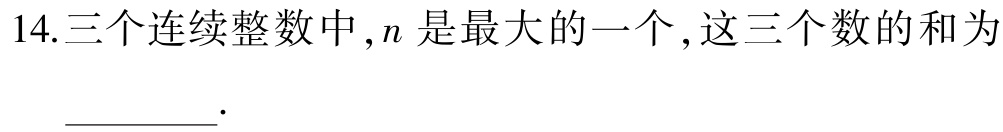
14.三个连续整数中，\(n\)是最大的一个，这三个数的和为_________.